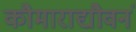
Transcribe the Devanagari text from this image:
कौमाराद्यौवनं